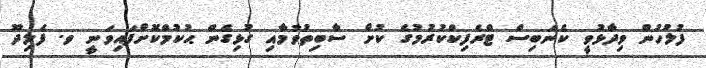
ފުލުހުން ވިދާޅުވީ ކެނަބިސް ޓްރެފިކްކުރުމުގެ ކުށް ސާބިތުވުމާއި ގުޅިގެން ޙުކުމްކޮށްފައިވަނީ ވ. ފެލިދޫ